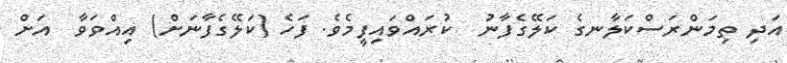
އަދި ތިމަންރަސްކަލާނގެ ކަލޭގެފާނު  ކުރައްވައިފީމެވެ. ފަހެ (ކަލޭގެފާނަށް) އިއްވަވާ  އަށް